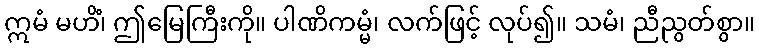
ဣမံ မဟိံ၊ ဤမြေကြီးကို။ ပါဏိကမ္မံ၊ လက်ဖြင့် လုပ်၍။ သမံ၊ ညီညွတ်စွာ။